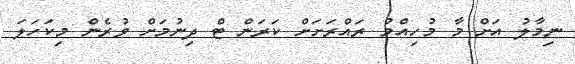
ނިމާލު އަށް މާ މުހިއްމު ރައްރަށަށް ކަރަން ޓް ދިނުމަށް ވުރެން މިކަހަލަ